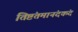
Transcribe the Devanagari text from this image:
तिष्टंतमानंदकंदं